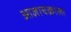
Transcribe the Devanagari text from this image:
आज्ञाचक्राला